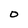
Character: O